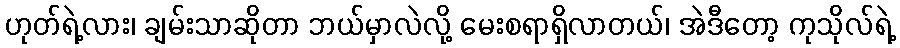
ဟုတ်ရဲ့လား၊ ချမ်းသာဆိုတာ ဘယ်မှာလဲလို့ မေးစရာရှိလာတယ်၊ အဲဒီတော့ ကုသိုလ်ရဲ့